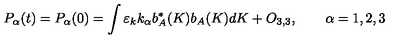
P _ { \alpha } ( t ) = P _ { \alpha } ( 0 ) = \int \varepsilon _ { k } k _ { \alpha } b _ { A } ^ { \ast } ( K ) b _ { A } ( K ) d K + O _ { 3 , 3 } , \qquad \alpha = 1 , 2 , 3